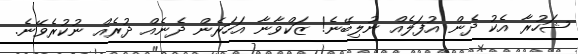
ޝަހުރާ އެކު ދެން އުފަލެއް ނުލިބޭނެ! ޒަކްވާނާ އަހަރެން ދެނެއް ދުރެއް ނުކުރެވޭނެ.